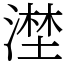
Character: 漜